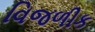
વિજળીક